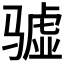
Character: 𱅧